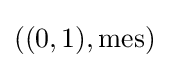
\textstyle ((0,1),\operatorname {mes} )